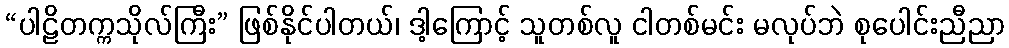
“ပါဠိတက္ကသိုလ်ကြီး” ဖြစ်နိုင်ပါတယ်၊ ဒါ့ကြောင့် သူတစ်လူ ငါတစ်မင်း မလုပ်ဘဲ စုပေါင်းညီညာ